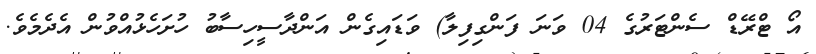
އޯ ޓްރޭޑް ސެންޓަރުގެ 04 ވަނަ ފަންގިފިލާ) ވަޑައިގެން އަންދާސީހިސާބު ހުށަހެޅުއްވުން އެދެމެވެ.